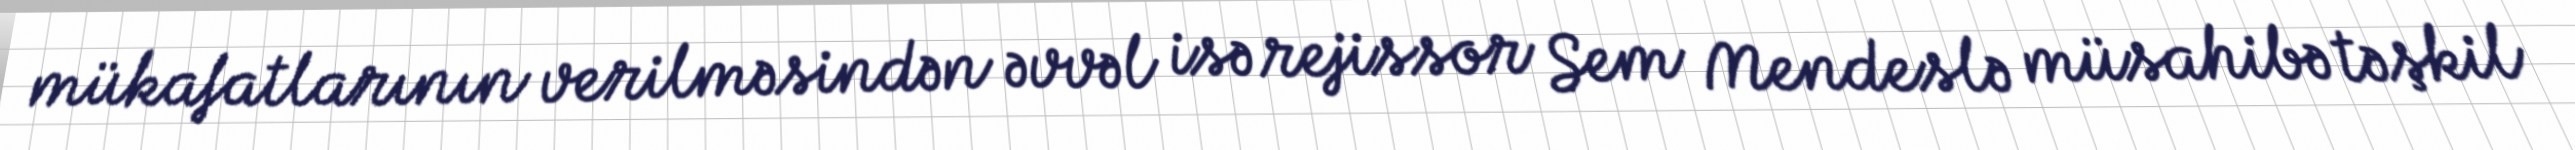
mükafatlarının verilməsindən əvvəl isə rejissor Sem Mendeslə müsahibə təşkil